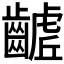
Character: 𮯓